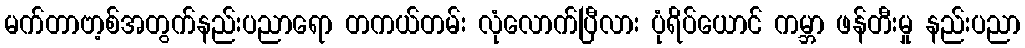
မက်တာဗာ့စ်အတွက်နည်းပညာရော တကယ်တမ်း လုံလောက်ပြီလား ပုံရိပ်ယောင် ကမ္ဘာ ဖန်တီးမှု နည်းပညာ